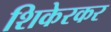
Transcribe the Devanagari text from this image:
शिकेरकर